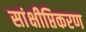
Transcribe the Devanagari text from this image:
सांक्षीप्तिकरण